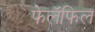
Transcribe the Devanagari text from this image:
फेलॅफिल